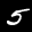
Label: 5